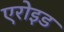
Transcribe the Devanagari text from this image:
एरोइड